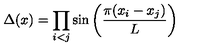
\Delta ( x ) = \prod _ { i < j } \sin \left( { \frac { \pi ( x _ { i } - x _ { j } ) } { L } } \right)